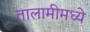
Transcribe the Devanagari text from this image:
तालामीमध्ये